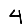
Digit: 4